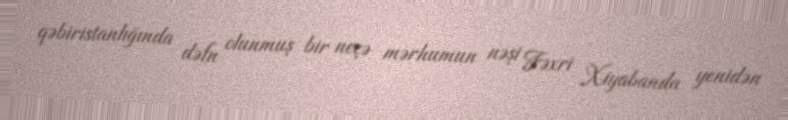
qəbiristanlığında dəfn olunmuş bir neçə mərhumun nəşi Fəxri Xiyabanda yenidən